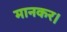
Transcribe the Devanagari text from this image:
मानकर।